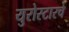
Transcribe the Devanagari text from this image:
युरोस्टारचे